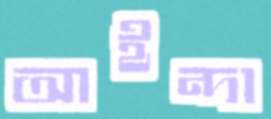
আইন্দা